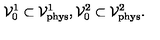
{ \cal V } _ { 0 } ^ { 1 } \subset { \cal V } _ { \mathrm { p h y s } } ^ { 1 } , { \cal V } _ { 0 } ^ { 2 } \subset { \cal V } _ { \mathrm { p h y s } } ^ { 2 } .